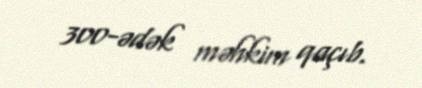
300-ədək məhkim qaçıb.